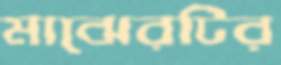
মাঝেরটির